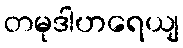
တမုဒါဟရေယျ